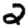
Digit: 2